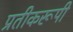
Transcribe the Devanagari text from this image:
प्रतीकरूपी